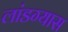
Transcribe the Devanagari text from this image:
लांडग्यास